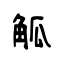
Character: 觚